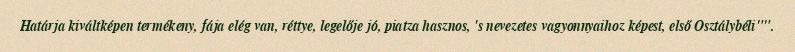
Határja kiváltképen termékeny, fája elég van, réttye, legelője jó, piatza hasznos, 's nevezetes vagyonnyaihoz képest, első Osztálybéli"".